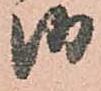
御